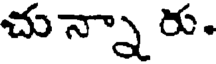
చున్నారు.